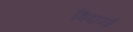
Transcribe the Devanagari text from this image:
विदापई